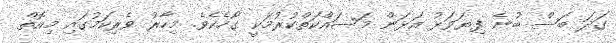
ގަދަ ބަސް ބުނެ ފިޔަވަޅު އަޅަން މަސައްކަތްކުރުމަކީ ގޯހެކެވެ. މިހާރު ވެރިކަމުގައި މިއޮތް